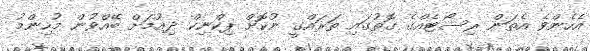
އެހެންވެ އެތަން ރިސޯޓެއްގެ ގޮތުގައި ތަރައްގީ ނުކޮށް ޕިކްނިކް ދިއުމަށް ބޭއްވުން މުހިންމު